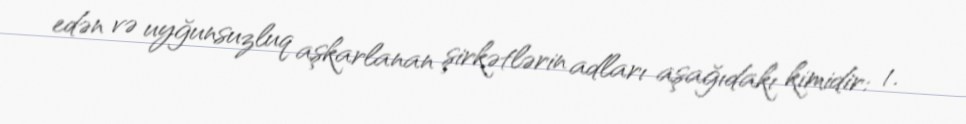
edən və uyğunsuzluq aşkarlanan şirkətlərin adları aşağıdakı kimidir: 1.